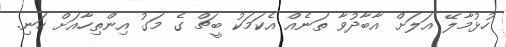
ހުޅުމާލޭ އަލަށް އާބާދުވާ ތަނެއް އެކަމަކު ބީޗް ގެ މަގު އިންތިހާއަށް ހަނި.